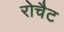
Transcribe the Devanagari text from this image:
रोचैट